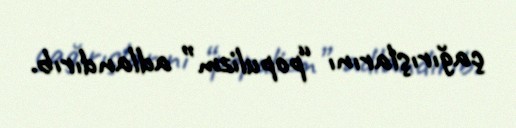
çağırışlarını “populizm” adlandırıb.